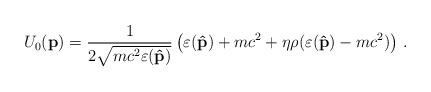
LaTeX: \begin{align*}U_0({\bf p})=\frac{1}{2\sqrt{mc^2\varepsilon({\bf\hat p})}} \left(\varepsilon({\bf\hat p})+mc^2+ \eta\rho(\varepsilon({\bf\hat p})-mc^2)\right)\,.\end{align*}